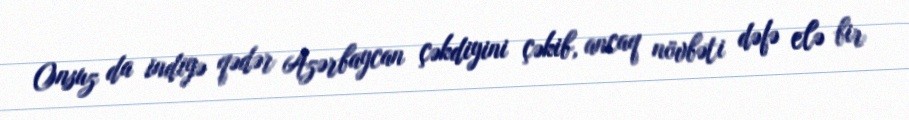
Onsuz da indiyə qədər Azərbaycan çəkdiyini çəkib, ancaq növbəti dəfə elə bir